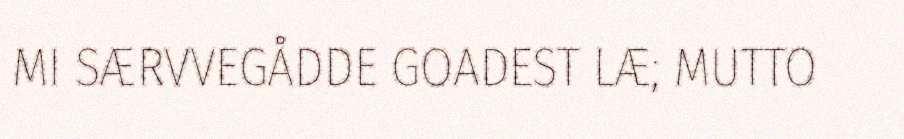
MI SÆRVVEGÅDDE GOADEST LÆ; MUTTO